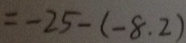
= - 2 5 - ( - 8 . 2 )